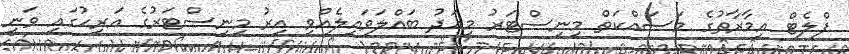
ފްލެޓް އިމާރާތުގެ މަސައްކަތް މިނިސްޓަރު މިއަދު ބައްލަވައިލެއްވި އިރު މިނިސްޓަރުގެ އަރިހުގައި ވަނީ